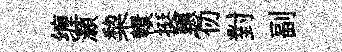
缠灝棃轘挺輾~仞對副